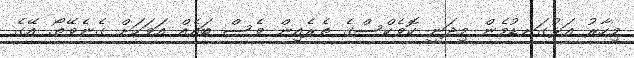
މިހާރު އަޅުގަނޑުމެން މިދަނީ ކޮވެކްސްގެ ތެރެއިން ވެސް ބައެއް އަވަހަށް ގެނެވޭތޯ. އޭގެ